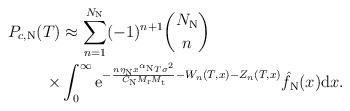
LaTeX: \begin{align*}P_{c,\mathrm{N}}(T)&\approx\sum_{n=1}^{N_\mathrm{N}}(-1)^{n+1}{N_\mathrm{N}\choose{n}}\\\times&\int_{0}^{\infty}\mathrm{e}^{-\frac{n \eta_\mathrm{N} x^{\alpha_\mathrm{N}}T\sigma^2}{C_\mathrm{N} M_\mathrm{r}M_\mathrm{t}}-W_n(T,x)-Z_n(T,x)}\hat{f}_\mathrm{N}(x)\mathrm{d}x.\end{align*}